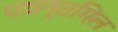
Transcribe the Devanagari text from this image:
पष़न्तमिल